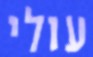
עולי